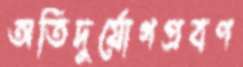
অতিদুর্যোগপ্রবণ